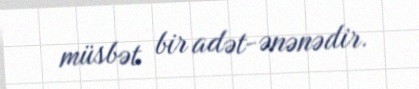
müsbət bir adət-ənənədir.